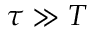
\tau \gg T